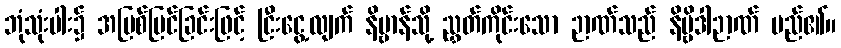
ဘုံသုံးပါး၌ အပြစ်မြင်ခြင်းဖြင့် ငြီးငွေ့လျက် နိဗ္ဗာန်သို့ ညွှတ်ကိုင်းသော ဉာဏ်သည် နိဗ္ဗိဒါဉာဏ် မည်၏။